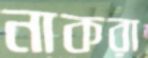
নাকরা